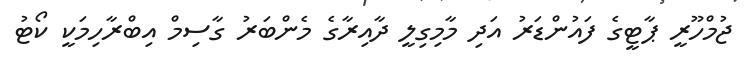
ޖުމްހޫރީ ޕާޓީގެ ފައުންޑަރު އަދި މާމިގިލީ ދާއިރާގެ މެންބަރު ގާސިމް އިބްރާހިމަކީ ކޯޓު